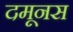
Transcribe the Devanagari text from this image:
दमूनस